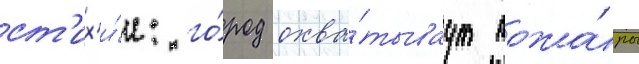
ст'их'и́и: го́род охва́тываут пожа́ры